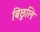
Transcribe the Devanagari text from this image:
बिछुलि